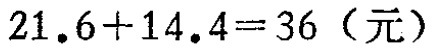
\(21.6 + 14.4 = 36\)（元）